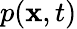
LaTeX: p(\mathbf{x},t)